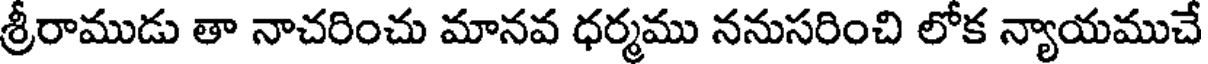
శ్రీరాముడు తా నాచరించు మానవ ధర్మము ననుసరించి లోక న్యాయముచే